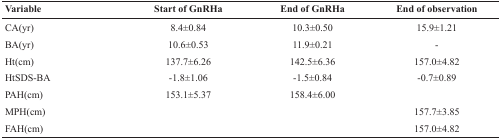
| Variable | Start of GnRHa | End of GnRHa | End of observation |
 | --- | --- | --- | --- |
 | CA(yr) | 8.4±0.84 | 10.3±0.50 | 15.9±1.21 |
 | BA(yr) | 10.6±0.53 | 11.9±0.21 | - |
 | Ht(cm) | 137.7±6.26 | 142.5±6.36 | 157.0±4.82 |
 | HtSDS-BA | -1.8±1.06 | -1.5±0.84 | -0.7±0.89 |
 | PAH(cm) | 153.1±5.37 | 158.4±6.00 |  |
 | MPH(cm) |  |  | 157.7±3.85 |
 | FAH(cm) |  |  | 157.0±4.82 |